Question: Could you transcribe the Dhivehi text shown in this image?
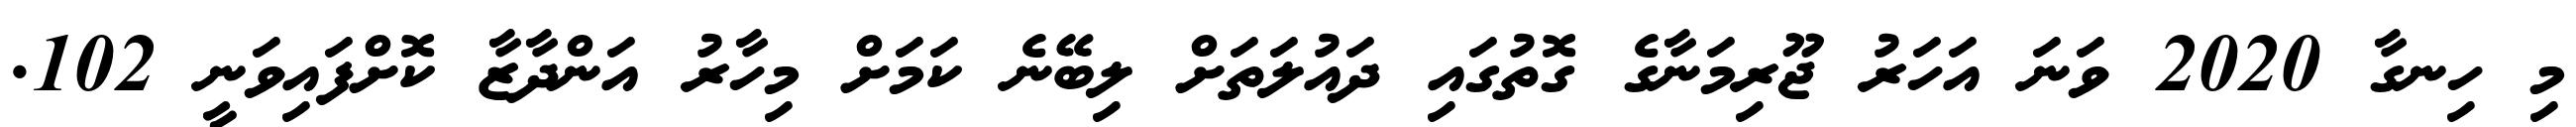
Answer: މި ހިނގާ 2020 ވަނަ އަހަރު ޖޫރިމަނާގެ ގޮތުގައި ދައުލަތަށް ލިބޭނެ ކަމަށް މިހާރު އަންދާޒާ ކޮށްފައިވަނީ 102.